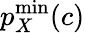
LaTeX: p_{X}^{\mathrm{min}}(c)